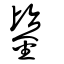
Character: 鑒